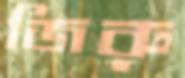
জিরু